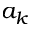
a _ { k }